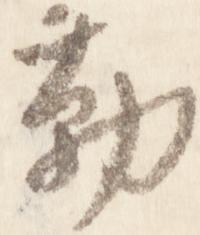
勤